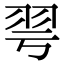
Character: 𦏻